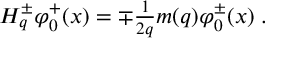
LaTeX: \begin{array} { l } { { H _ { q } ^ { \pm } \varphi _ { 0 } ^ { + } ( x ) = \mp \frac 1 { 2 q } m ( q ) \varphi _ { 0 } ^ { \pm } ( x ) \; . } } \end{array}